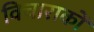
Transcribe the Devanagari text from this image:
विचाराकों